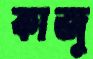
কাজু